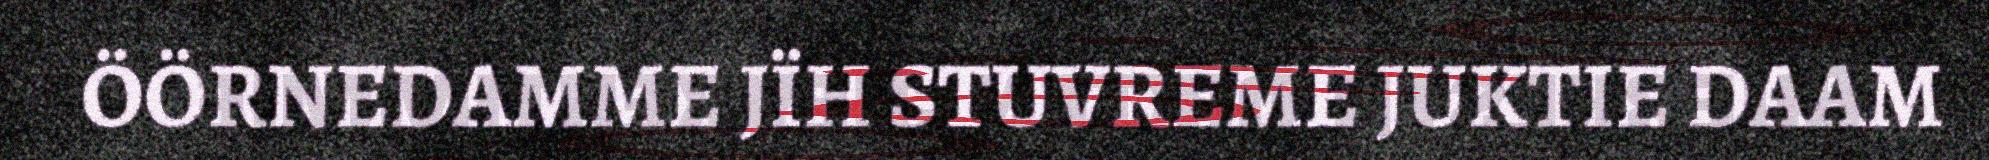
ÖÖRNEDAMME JÏH STUVREME JUKTIE DAAM